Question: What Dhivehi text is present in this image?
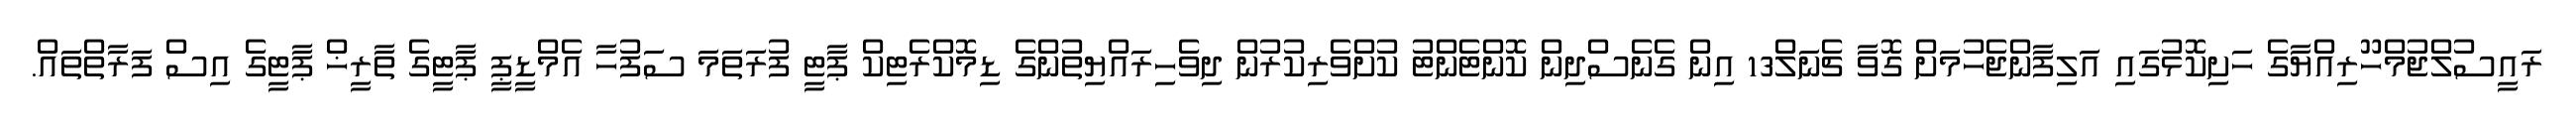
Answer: ރައީސުލްޖުމްހޫރިއްޔާގެ ހަށިކޮޅުގައި އަލިފާންޖެހުމަށް ގޮވާ ޗެނަލް13 އިން ގެނެސްދިން ކޮންޓެންޓު ކުށްވެރިކުރުން ދިވެހިރައްޔިތުންގެ ޑިމޮކްރެޓިކް ޕާޓީ ފުރަތަމަ ސަފުހާ އެމްޑީޕީ ޕާޓީގެ ތާރީޚް ޕާޓީގެ އިސް ފަރާތްތައް.